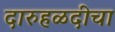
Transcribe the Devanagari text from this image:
दारुहळदीचा